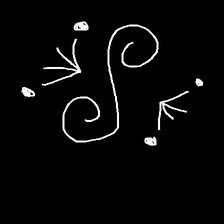
Glyph: aeroform